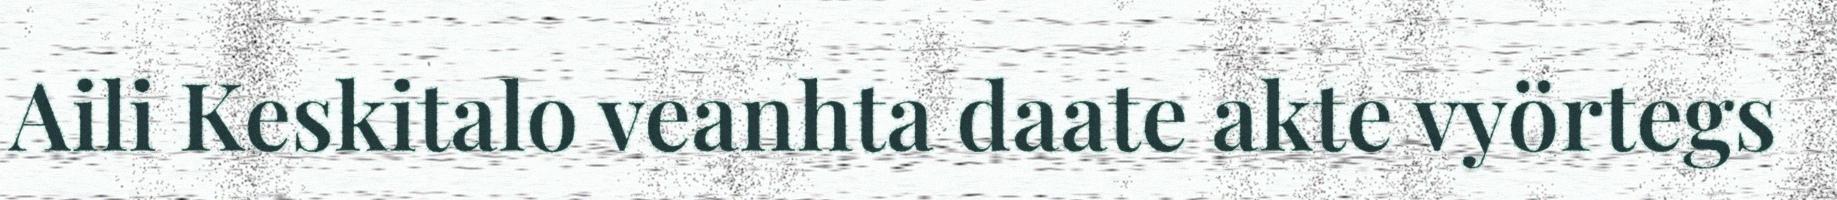
Aili Keskitalo veanhta daate akte vyörtegs